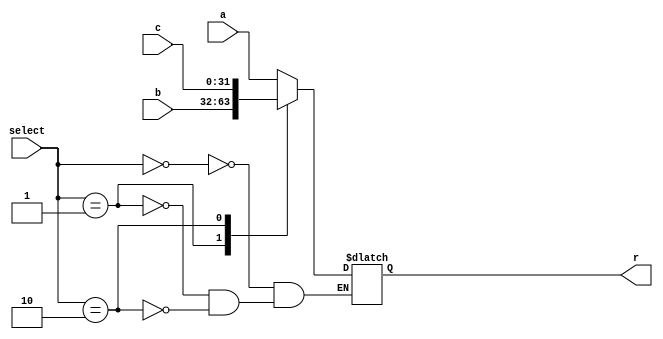
module MUX31_320 #(parameter len=32)
(
input [len-1:0] a,
input [len-1:0] b,
input [len-1:0] c,
input [1:0] select,
output reg [len-1:0] r
);
	
always @(*) begin
    case(select)
      2'b00:
        r=a;
      2'b01:
        r=b;
	  2'b10:
	    r=c;
    endcase
	
end

endmodule